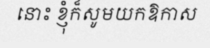
នោះ ខ្ញុំក៏សូមយកឱកាស